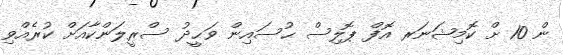
ން 10 ށް ކޮމިޝަނަރ އޮފް ޕޮލިސް ޙުސައިން ވަޙީދު ސްރީލަންކާއަށް ކުރެއްވި